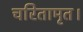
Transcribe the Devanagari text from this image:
चरितामृत।